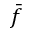
\bar { f }